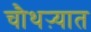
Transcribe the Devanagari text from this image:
चौथऱ्यात